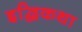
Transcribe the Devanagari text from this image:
इद्धिकथा